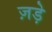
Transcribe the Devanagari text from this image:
ज़ड़े